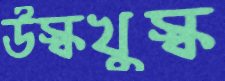
উস্কখুস্ক